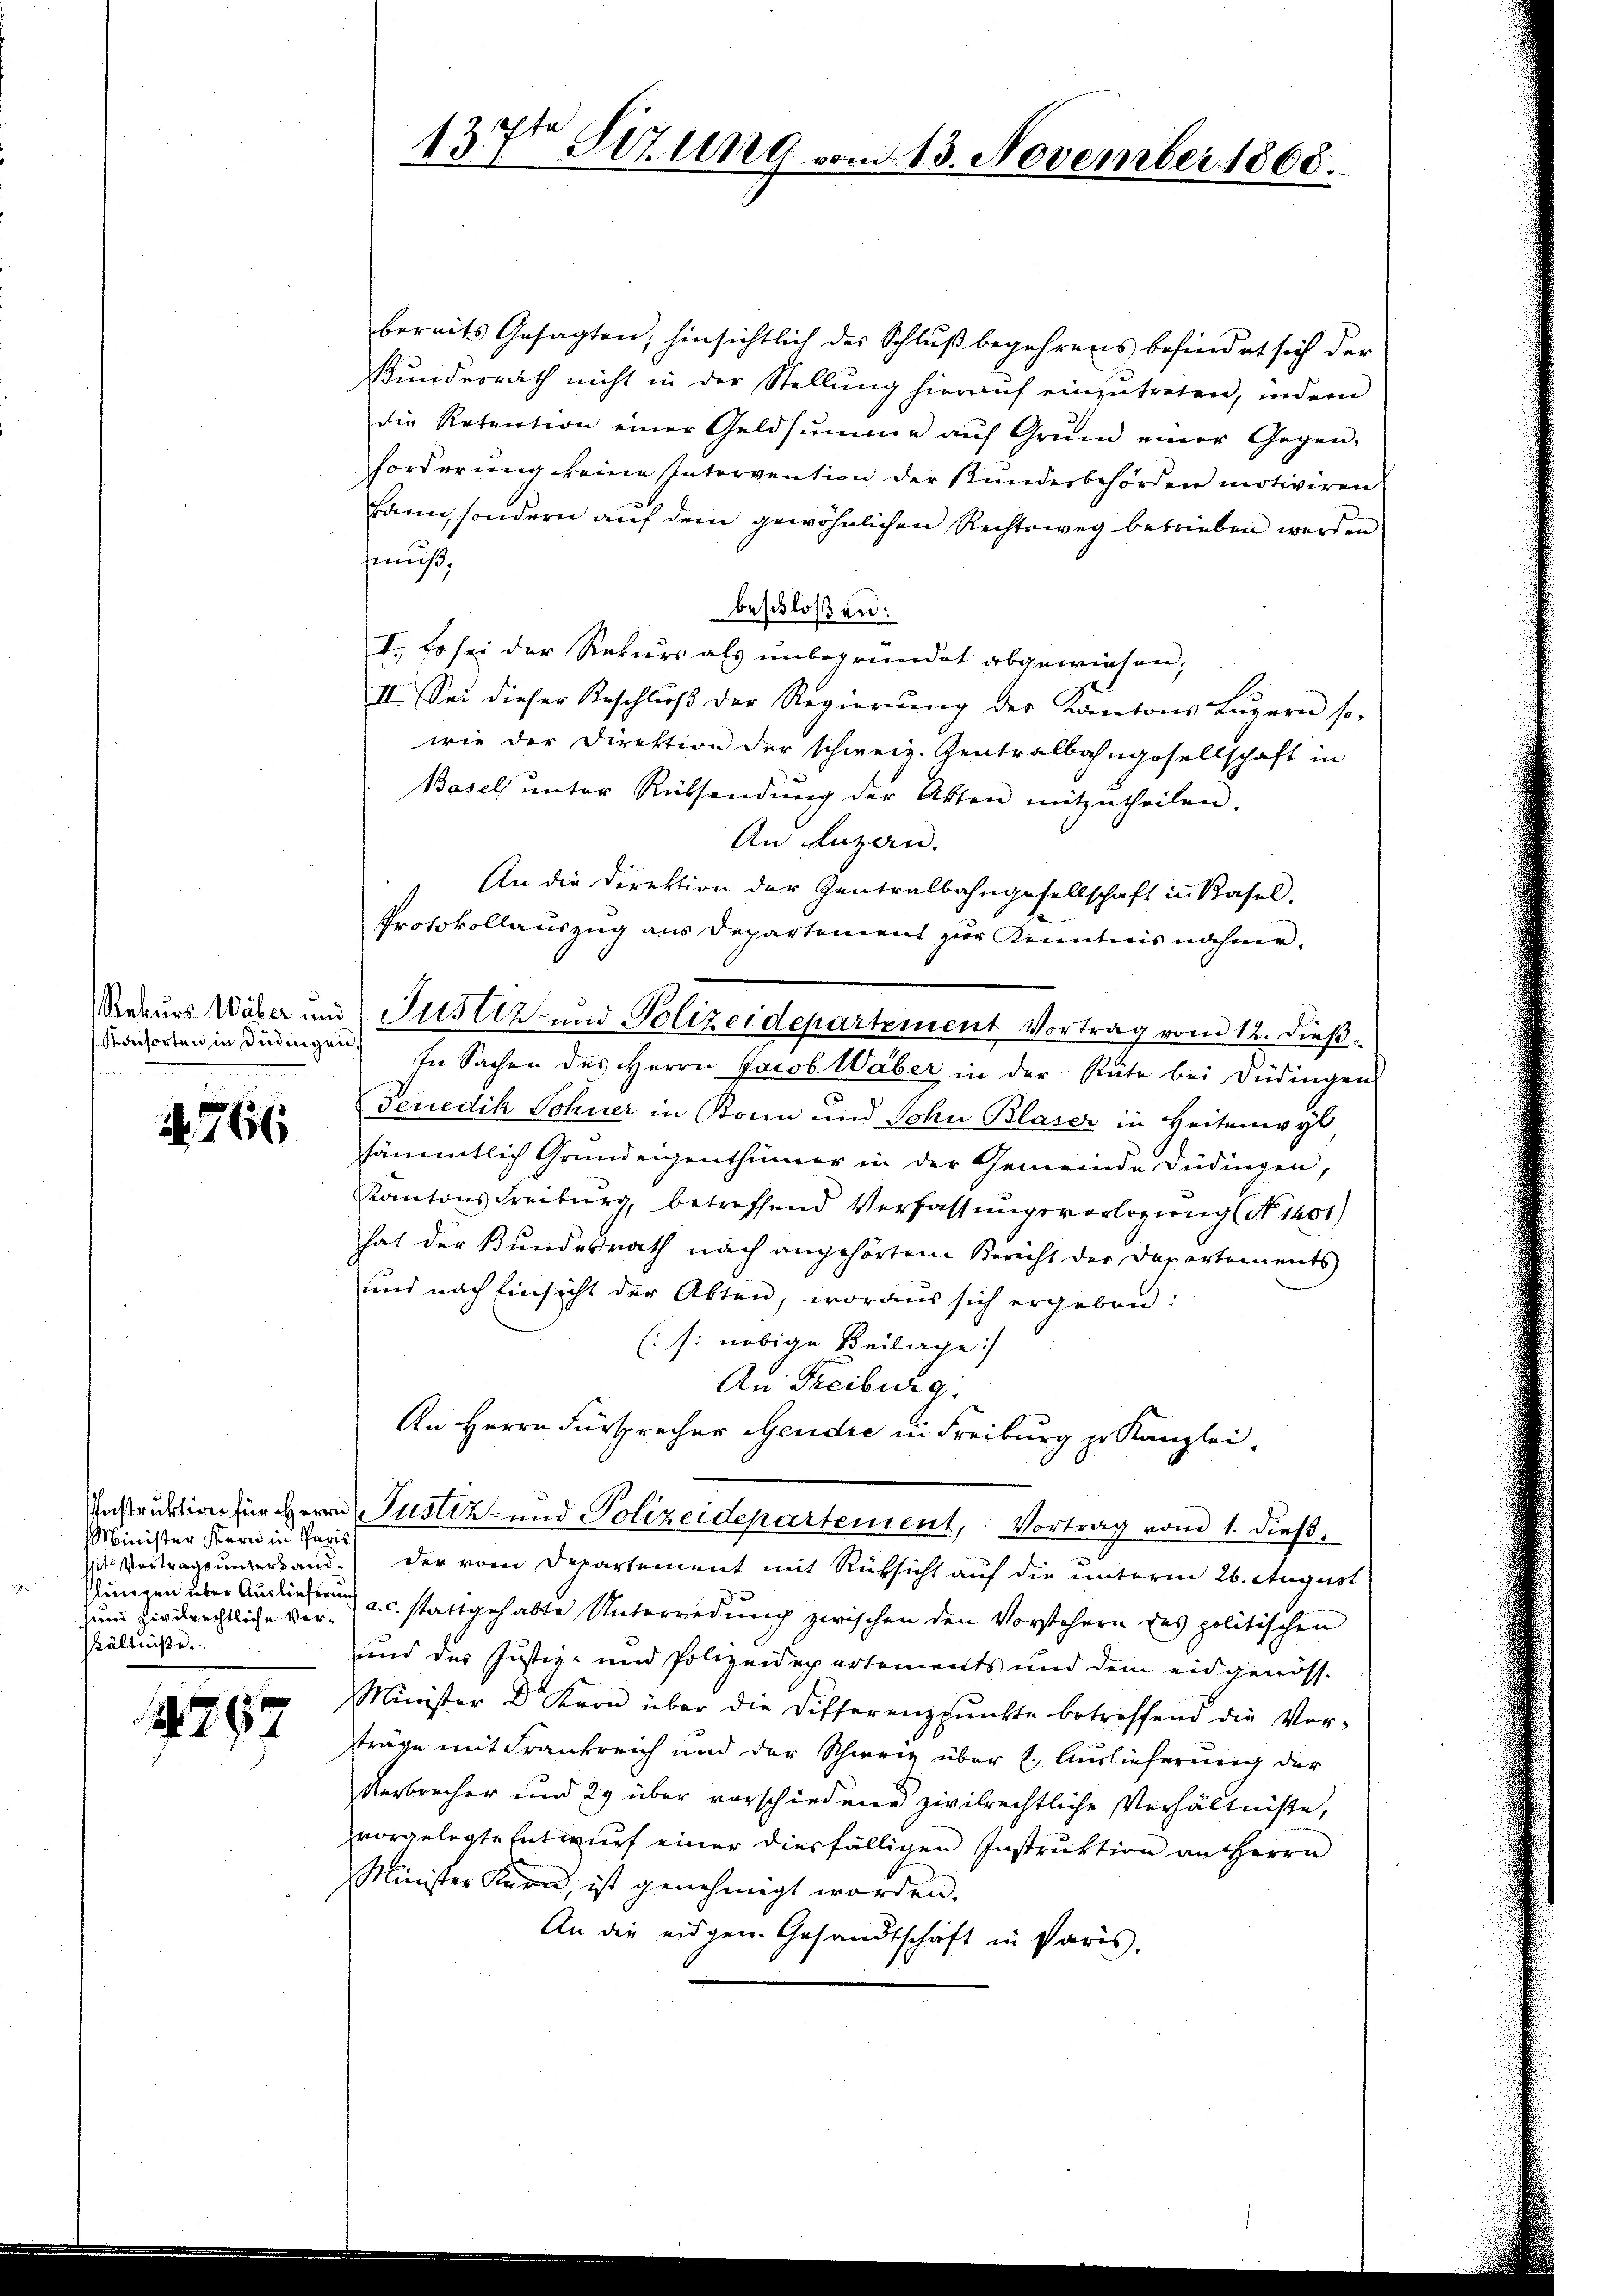
Konsorten in Jüdingen

N. 766

Minister Korn in Paris
Plungen über Auslieferung
hältniße

297

bereits Gesagten, hinsichtlich der Schluß begehrens befindet sich der
kŭndesrath nicht in der Stellŭng hieraŭf einzŭtreten, indem
die Retention einer Geldsumme aŭf Grund einer Gegen-
forderung keine Intervention der Bundesbehörden motiviren
kann, sondern auf dem gewöhnlichen Rechtsweg betrieben werden
mus,
beschloßen:
I. Es sei der Rekurs als unbegründet abgewiesen;
II. Sei dieser Beschlŭβ der Regierŭng der Kantons Lŭzern so-
wie der Direktion der schweiz. Zentralbahngesellschaft in
Basel unter Rücksendŭng der Akten mitzŭtheilen.
An Luzern.
An die Direktion der Zentralbahngesellschaft in Basel,
Protokollauszug aus Departement zur Kenntnis nähme.
In Sachen des Herrn Jacob Waber in der Rüte bei Düdingen
Feriedik Schner in Bonn und Schn Blaser in Heitenwyl
sämmtlich Grundeigenthümer in der Gemeinde Düdingen,
Kantons Freiburg, betreffend Verfassungsvorlegung (No 1401)
hat der Bundesrath nach angehörtem Bericht der Departements
und nach Einsicht der Akten, woraus sich ergeben:
(s: nebige Beilage
An Freiburg.
An Herrn Fürsprecher Gendre in Freiburg zu Kanzlei.
Instruktion für Herrn Justiz- und Polizeidepartement, Vortrag von 1. dieß,
vit Vortragsuntersand. Der vom Departement mit Rüksicht auf die unterm 26. August
Zum Zirckrechtliche Ver- a.c. stattgehabte Unterredung zwischen den Vorstehern des politischen
und des Justiz- und Polizeidepartements und dem eidgenöss-
Minister Dr. Kern über die Differenzpunkte betreffend die Vorträge mit Frankreich und der Schweiz über 1. Auslieferung der
Verbrecher und 29 über vorschiedene zivilrechtliche Verhältniße,
vorgelegte Entwurf einer diesfälligen Instruktion an Herrn
Minister Kern, ist genehmigt worden.
An die eidgen. Gesandtschaft in Paris.

137t Sizung vom 13. November 1865.

Rekurs Wäber und Justiz und Polizeidepartement Vortrag vom 12. dieß¬